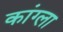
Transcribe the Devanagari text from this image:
कांग्ला